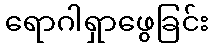
ရောဂါရှာဖွေခြင်း